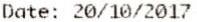
DATE: 20/10/2017